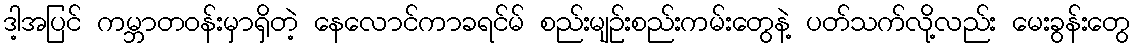
ဒါ့အပြင် ကမ္ဘာတဝန်းမှာရှိတဲ့ နေလောင်ကာခရင်မ် စည်းမျဉ်းစည်းကမ်းတွေနဲ့ ပတ်သက်လို့လည်း မေးခွန်းတွေ